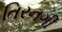
તિરનગી